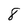
Character: 8